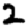
Digit: 2